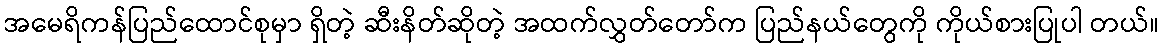
အမေရိကန်ပြည်ထောင်စုမှာ ရှိတဲ့ ဆီးနိတ်ဆိုတဲ့ အထက်လွှတ်တော်က ပြည်နယ်တွေကို ကိုယ်စားပြုပါ တယ်။